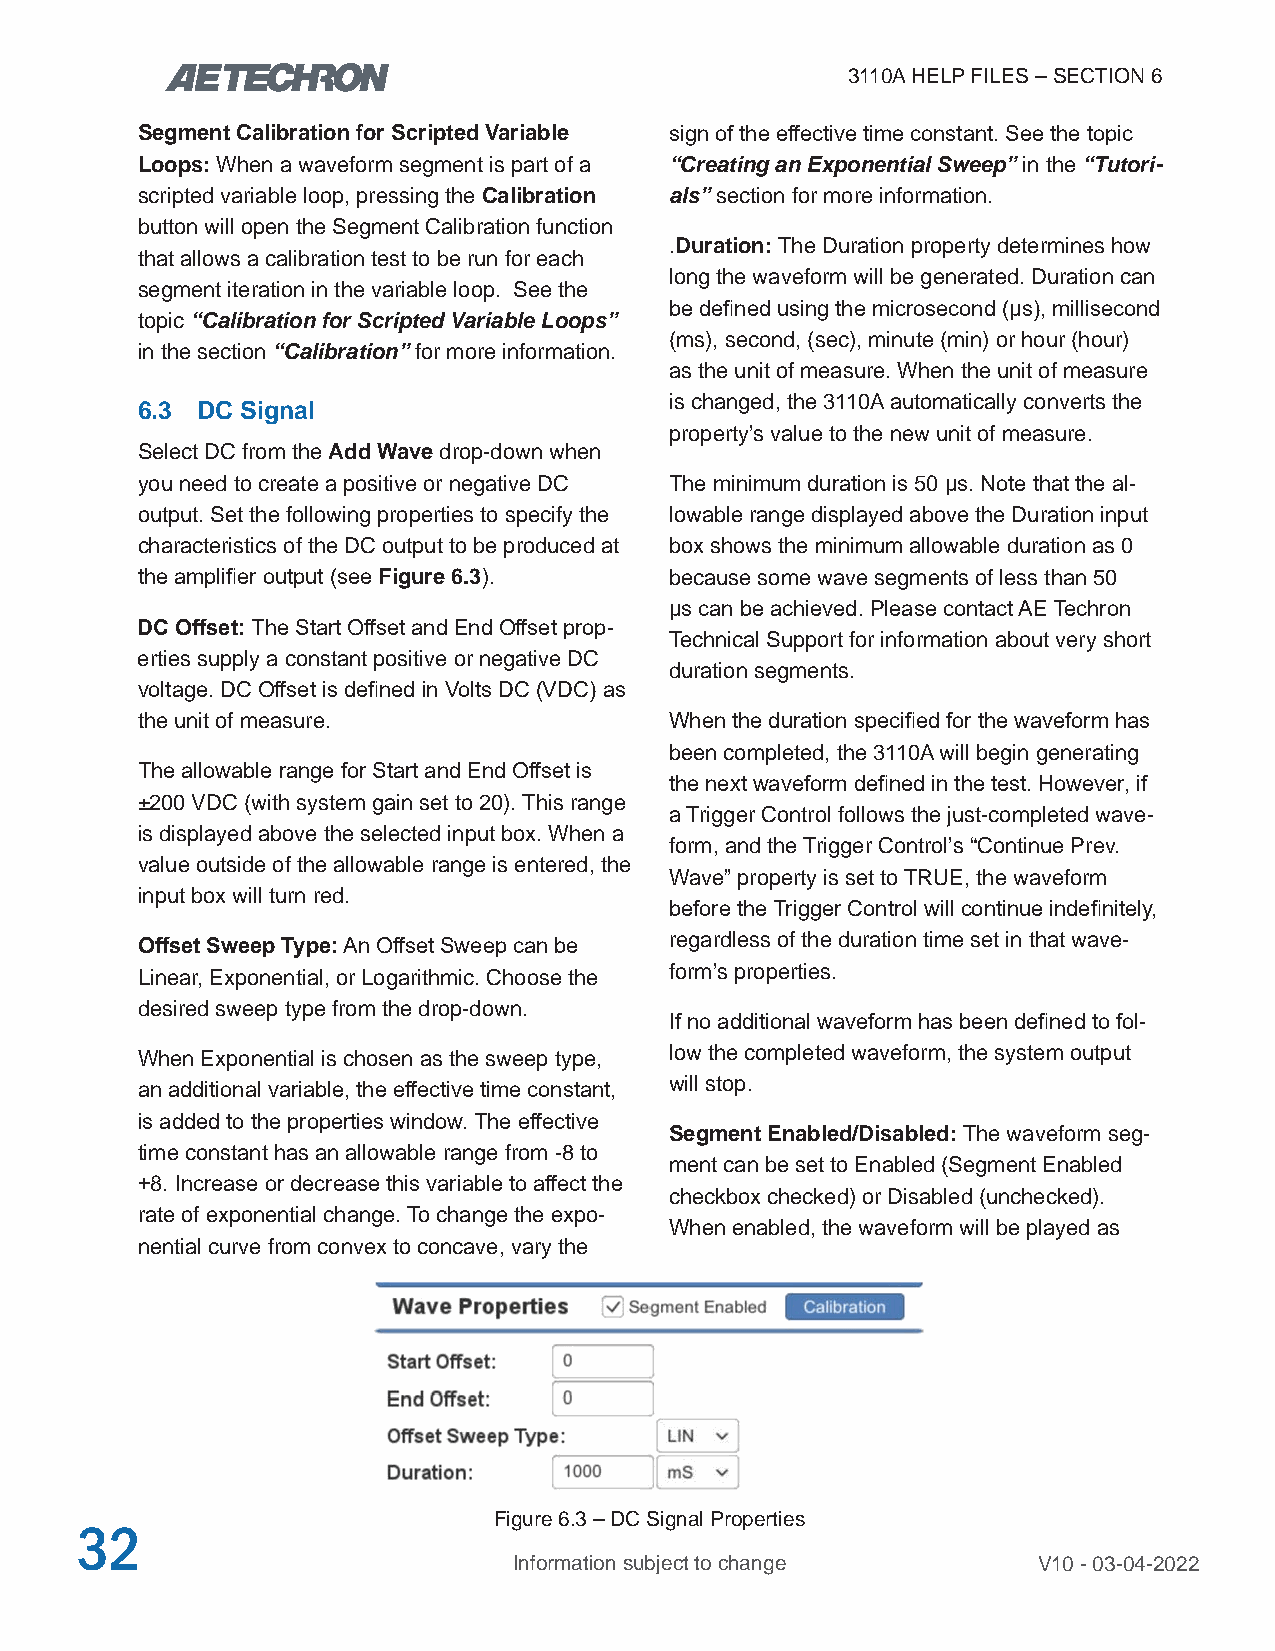
3110A HELP FILES – SECTION 6
 Segment Calibration for Scripted Variable sign of the effective time constant. See the topic
 Loops: When a waveform segment is part of a “Creating an Exponential Sweep” in the “Tutori-
 scripted variable loop, pressing the Calibration als” section for more information.
 button will open the Segment Calibration function
 .Duration: The Duration property determines how
 that allows a calibration test to be run for each
 long the waveform will be generated. Duration can
 segment iteration in the variable loop. See the
 be defined using the microsecond (μs), millisecond
 topic “Calibration for Scripted Variable Loops”
 (ms), second, (sec), minute (min) or hour (hour)
 in the section “Calibration” for more information.
 as the unit of measure. When the unit of measure
 is changed, the 3110A automatically converts the
 6.3 DC Signal
 property’s value to the new unit of measure.
 Select DC from the Add Wave drop-down when
 you need to create a positive or negative DC The minimum duration is 50 μs. Note that the al-
 output. Set the following properties to specify the lowable range displayed above the Duration input
 characteristics of the DC output to be produced at box shows the minimum allowable duration as 0
 the amplifier output (see Figure 6.3). because some wave segments of less than 50
 μs can be achieved. Please contact AE Techron
 DC Offset: The Start Offset and End Offset prop-
 Technical Support for information about very short
 erties supply a constant positive or negative DC
 duration segments.
 voltage. DC Offset is defined in Volts DC (VDC) as
 the unit of measure.               When the duration specified for the waveform has
 been completed, the 3110A will begin generating
 The allowable range for Start and End Offset is
 the next waveform defined in the test. However, if
 ±200 VDC (with system gain set to 20). This range
 a Trigger Control follows the just-completed wave-
 is displayed above the selected input box. When a
 form, and the Trigger Control’s “Continue Prev.
 value outside of the allowable range is entered, the
 Wave” property is set to TRUE, the waveform
 input box will turn red.
 before the Trigger Control will continue indefinitely,
 Offset Sweep Type: An Offset Sweep can be regardless of the duration time set in that wave-
 Linear, Exponential, or Logarithmic. Choose the form’s properties.
 desired sweep type from the drop-down.
 If no additional waveform has been defined to fol-
 When Exponential is chosen as the sweep type, low the completed waveform, the system output
 an additional variable, the effective time constant, will stop.
 is added to the properties window. The effective
 Segment Enabled/Disabled: The waveform seg-
 time constant has an allowable range from -8 to
 ment can be set to Enabled (Segment Enabled
 +8. Increase or decrease this variable to affect the
 checkbox checked) or Disabled (unchecked).
 rate of exponential change. To change the expo-
 When enabled, the waveform will be played as
 nential curve from convex to concave, vary the
 Figure 6.3 – DC Signal Properties
 32
 Information subject to change      V10 - 03-04-2022